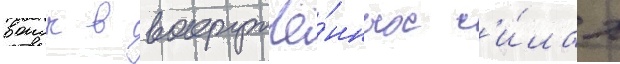
воиск в вооружё́нных с'и́лах